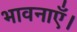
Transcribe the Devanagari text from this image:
भावनाएँ।